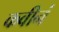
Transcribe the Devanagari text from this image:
कवीनं